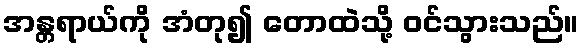
အန္တရာယ်ကို အံတု၍ တောထဲသို့ ဝင်သွားသည်။